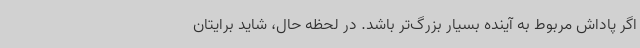
اگر پاداش مربوط به آینده بسیار بزرگ‌تر باشد. در لحظه حال، شاید برایتان